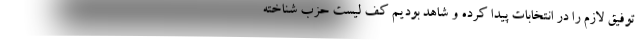
توفیق لازم را در انتخابات پیدا کرده و شاهد بودیم کف لیست حزب شناخته